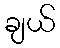
ချယ်